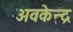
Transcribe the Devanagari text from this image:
अवकेन्द्र